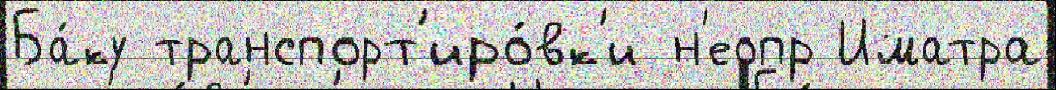
Ба́ку транспорт'иро́вк'и н'еопр Иматра